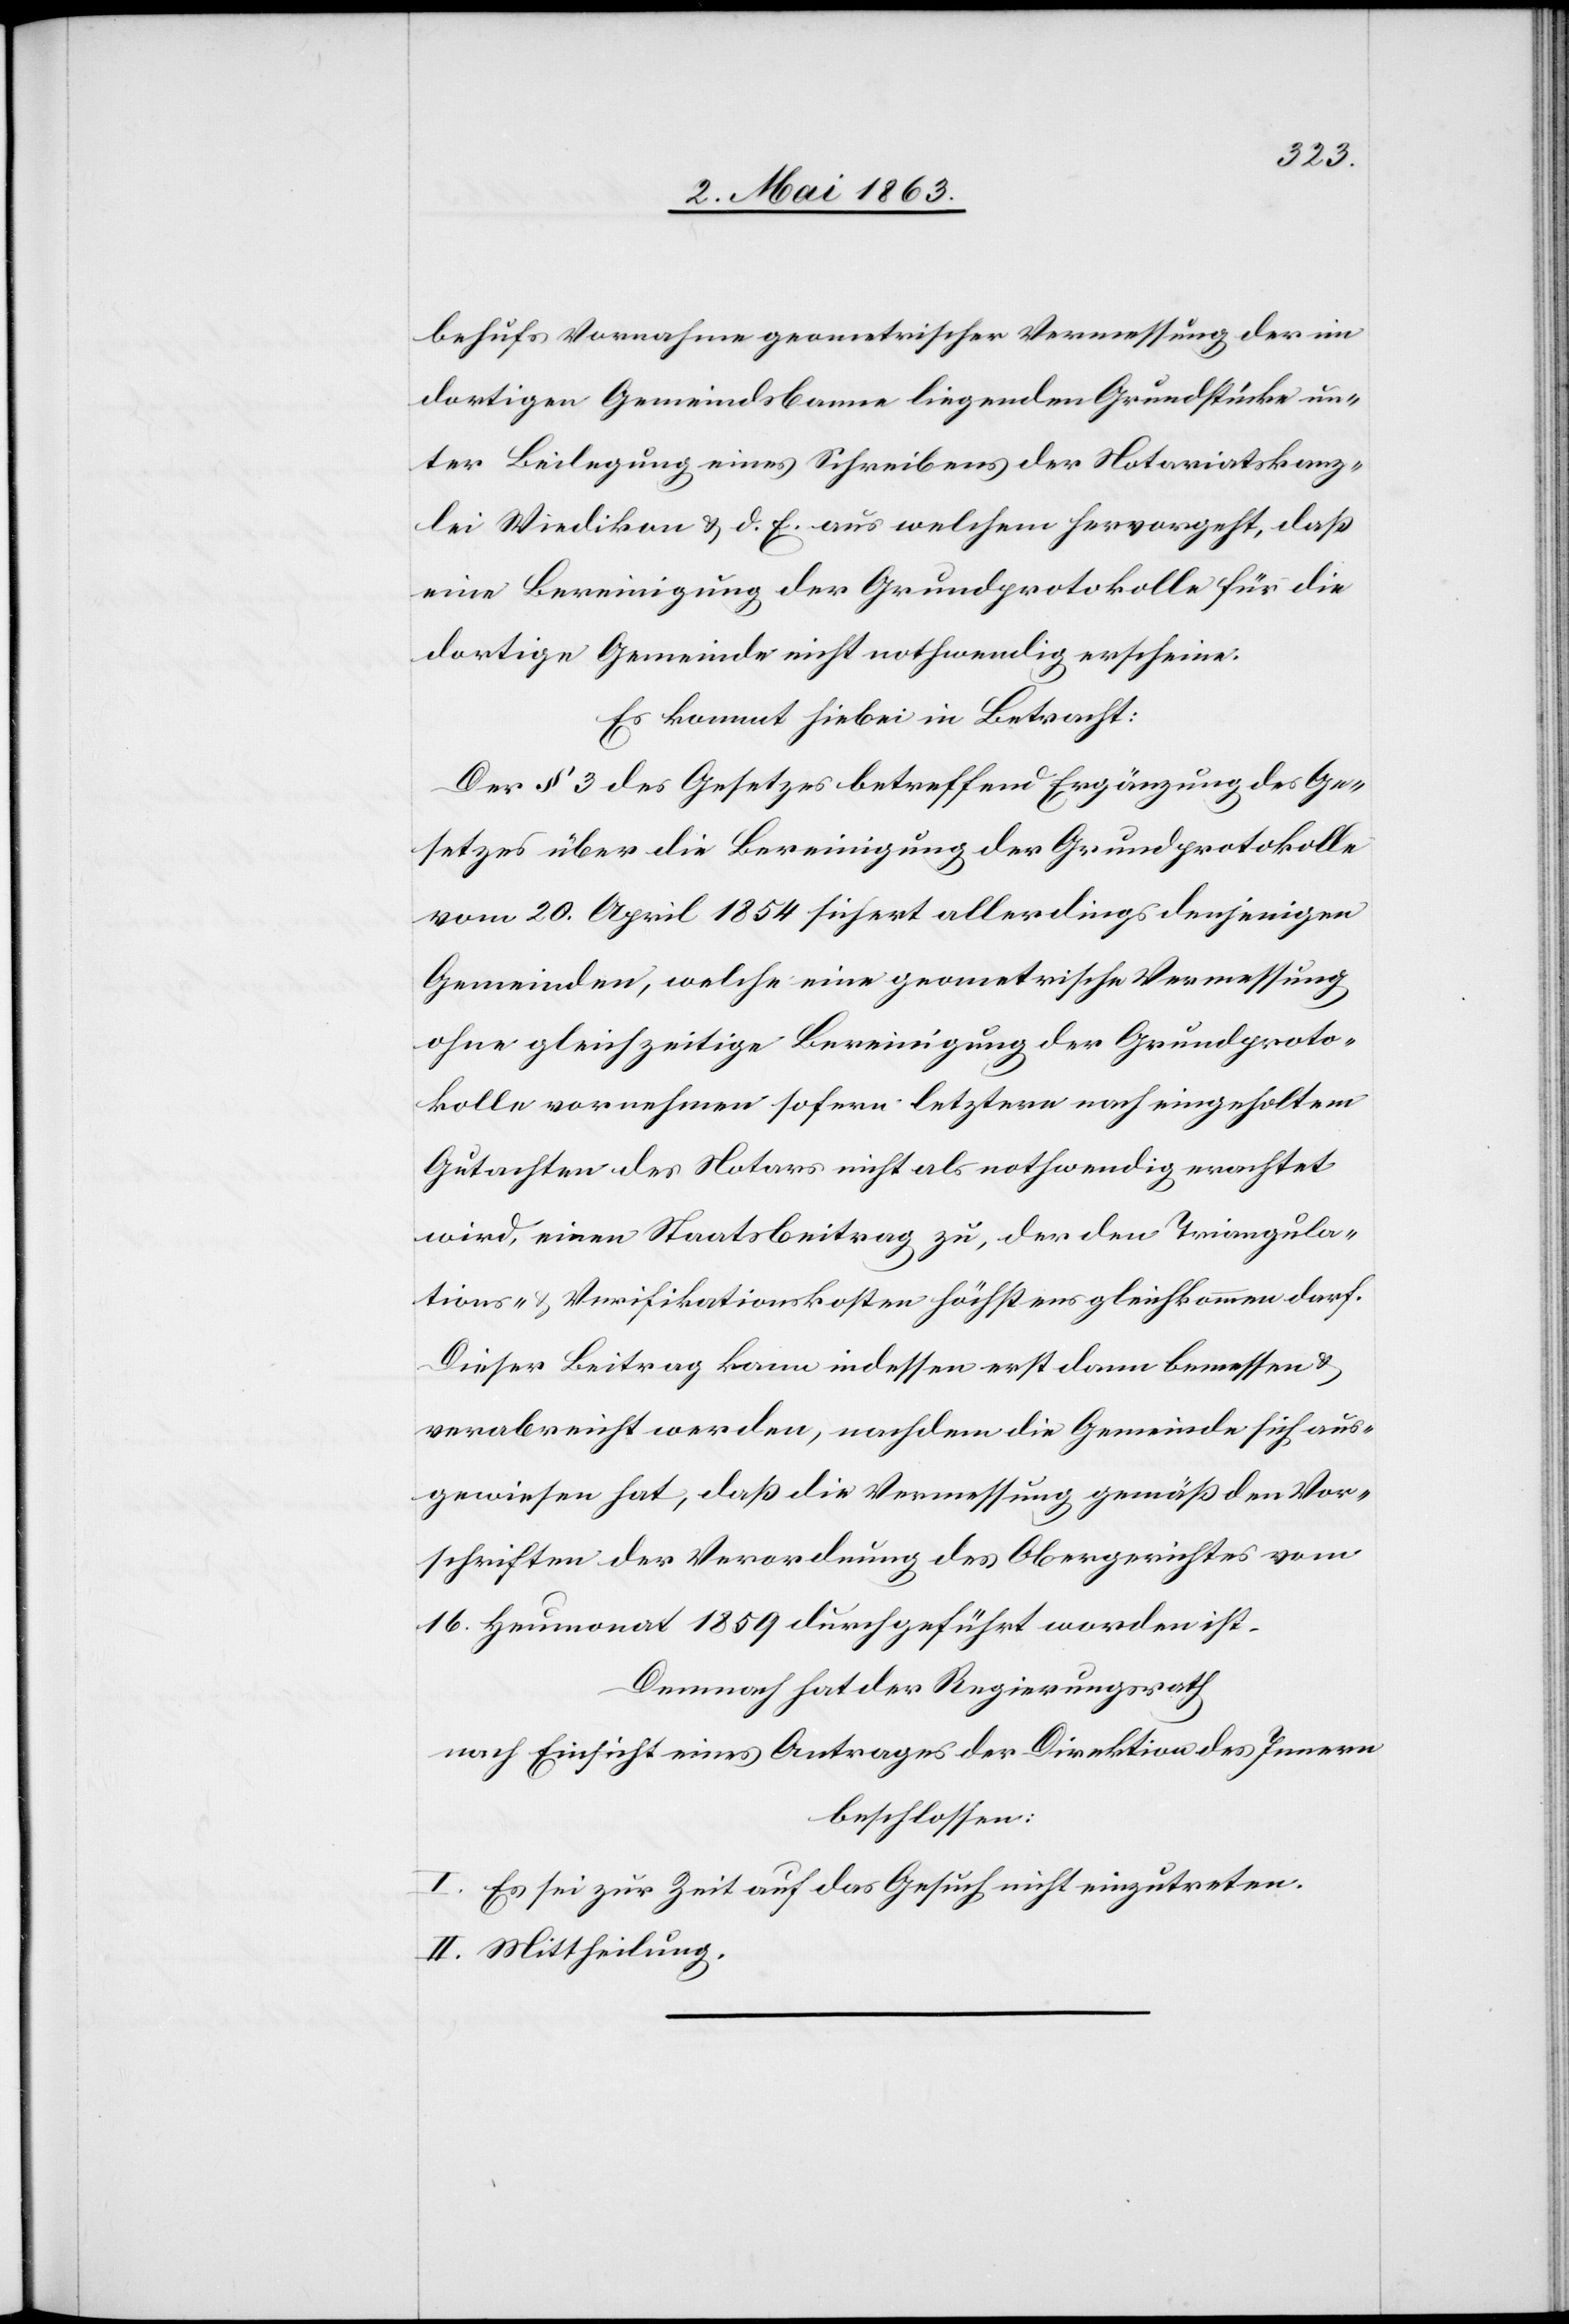
behufs Vornahme geometrischer Vermessung der im
dortigen Gemeindsbanne liegenden Grundstücke un¬
ter Beilegung eines Schreibens der Notariatskanz¬
lei Wiedikon & d. E. aus welchem hervorgeht, daß
eine Bereinigung der Grundprotokolle für die
dortige Gemeinde nicht notwendig erscheine.
Es kommt hiebei in Betracht:
Der § 3 des Gesetzes betreffend Ergänzung des Ge¬
setzes über die Bereinigung der Grundprotokolle
vom 20. April 1854 sichert allerdings denjenigen
Gemeinden, welche eine geometrische Vermessung
ohne gleichzeitige Bereinigung der Grundproto¬
kolle vornehmen sofern letztere nach eingeholtem
Gutachten des Notars nicht als nothwendig erachtet
wird, einen Staatsbeitrag zu, der den Triangula¬
tions- & Verifikationskosten höchstens gleichkommen darf.
Dieser Beitrag kann indessen erst dann bemessen &
verabreicht werden, nachdem die Gemeinde sich aus¬
gewiesen hat, daß die Vermessung gemäß den Vor¬
schriften der Verordnung des Obergerichtes vom
16. Heumonat 1859 durchgeführt worden ist.
Demnach hat der Regierungsrath
nach Einsicht eines Antrages der Direktion des Innern
beschlossen:
I. Es sei zur Zeit auf das Gesuch nicht einzutreten.
II. Mittheilung.